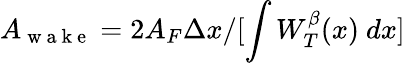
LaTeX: A_{\mathrm{~w~a~k~e~}}=2A_{F}\Delta x/[\int W_{T}^{\beta}(x)\ dx]